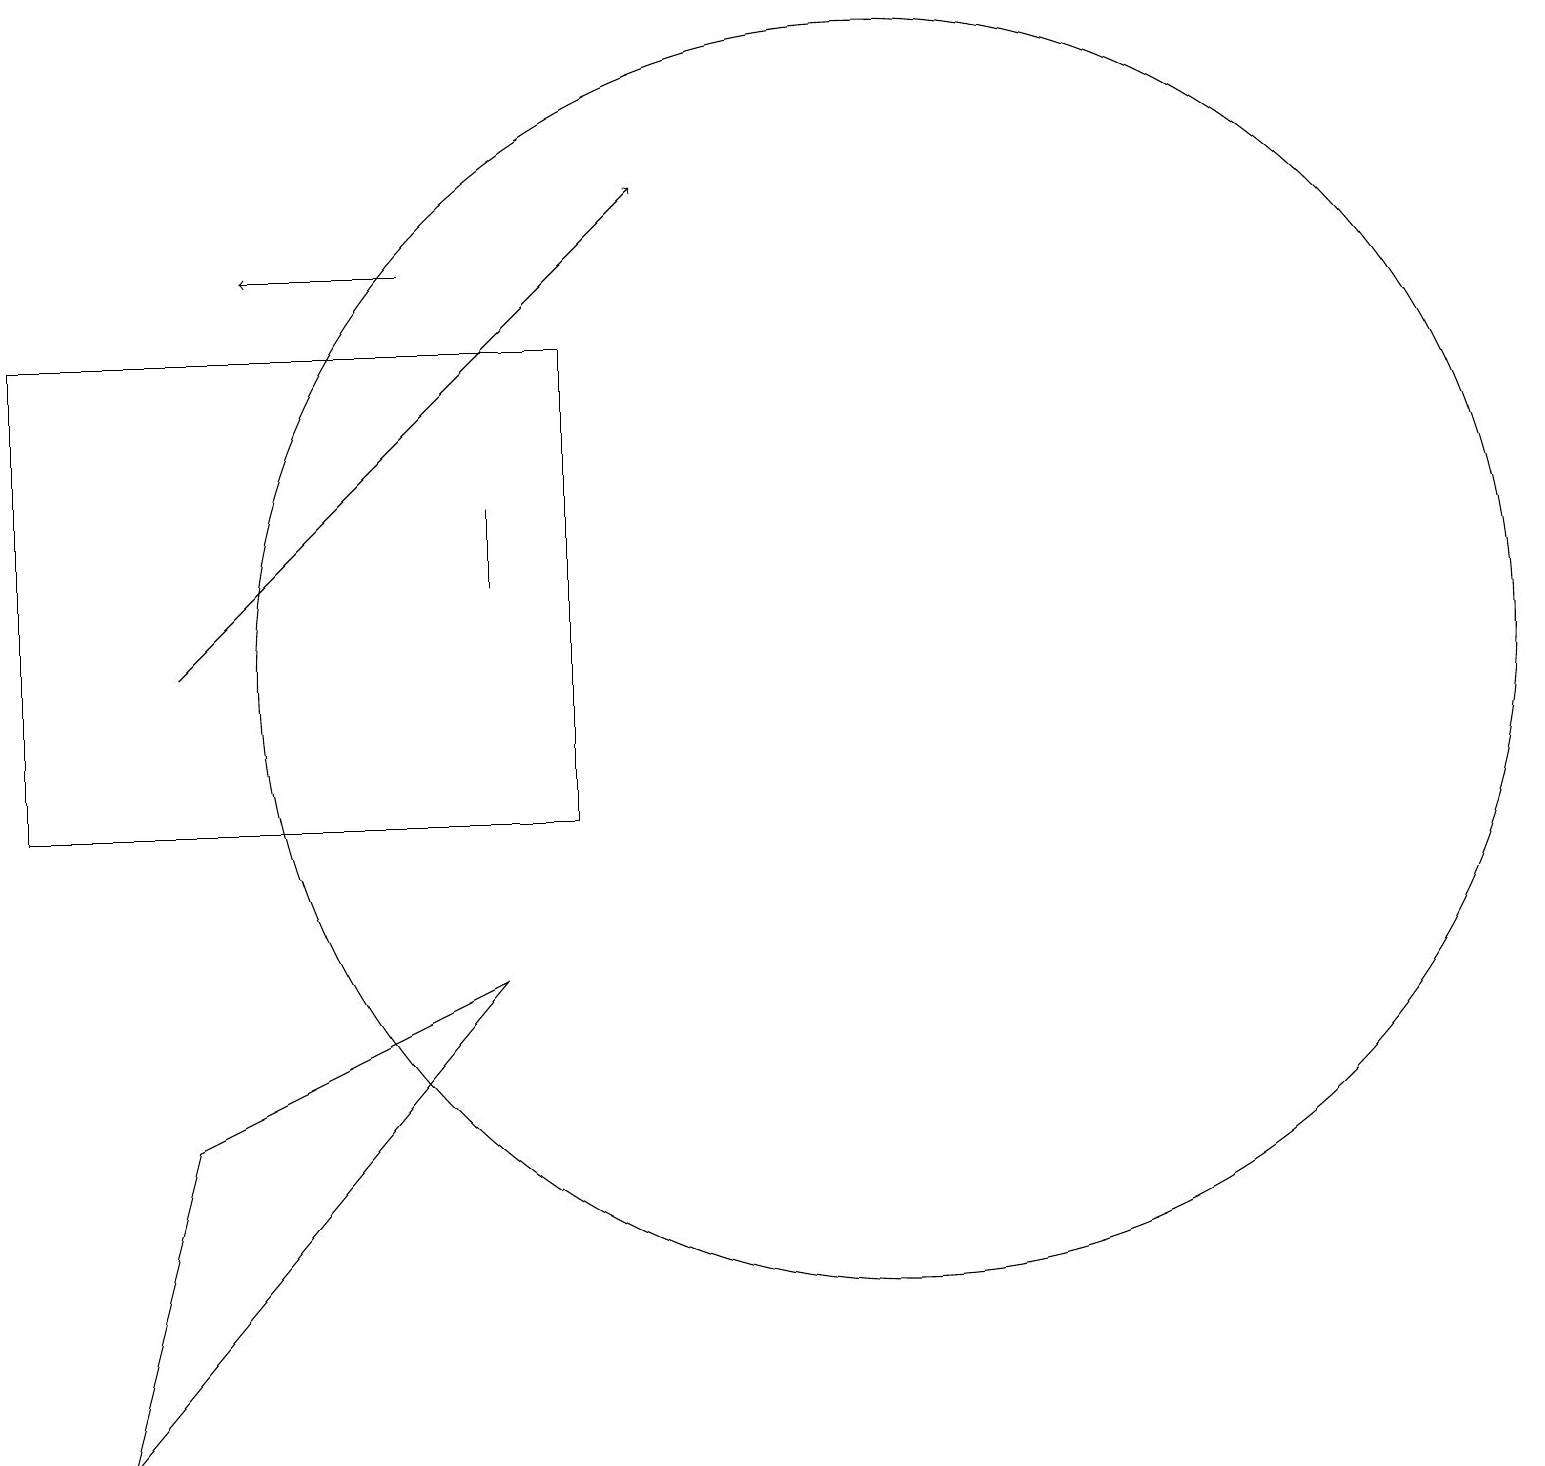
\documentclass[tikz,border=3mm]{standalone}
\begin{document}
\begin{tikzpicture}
\draw[->] (6,17) -- (4,17);
\draw (8,10) rectangle (1,16);
\draw (3,6) -- (7,8) -- (2,2) -- cycle;
\draw[->] (3,12) -- (9,18);
\draw (12,12) circle (8);
\draw (7,14) rectangle (7,13);
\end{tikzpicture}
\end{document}